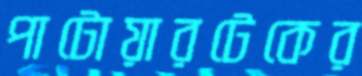
পাটোয়ারটেকের